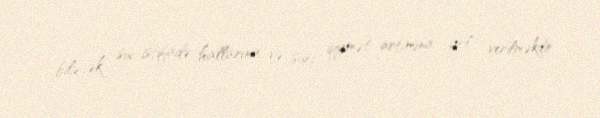
biləcək sui-istifadə hallarına və süni qiymət artımına yol verilməkdir.